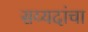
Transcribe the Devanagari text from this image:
सय्यदांचा